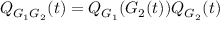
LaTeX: Q _ { G _ { 1 } G _ { 2 } } ( t ) = Q _ { G _ { 1 } } ( G _ { 2 } ( t ) ) Q _ { G _ { 2 } } ( t )